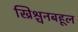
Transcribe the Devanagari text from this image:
ख्रिश्चनबहूल